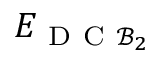
E _ { \mathrm { ~ D ~ C ~ } \mathcal { B } _ { 2 } }